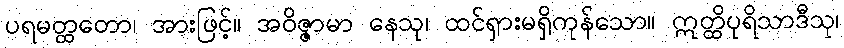
ပရမတ္ထတော၊ အားဖြင့်။ အဝိဇ္ဇာမာ နေသု၊ ထင်ရှားမရှိကုန်သော။ ဣတ္ထိပုရိသာဒီသု၊